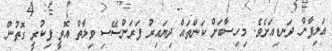
އަލިފާން ދަނޑިއަށެވެ. މިހިސާބަށް ކަންތައް ދިޔައިރު ފަރަންސޭސި ވިލާތް އޮތީ ފިކުރީ ގޮތުން